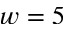
w = 5